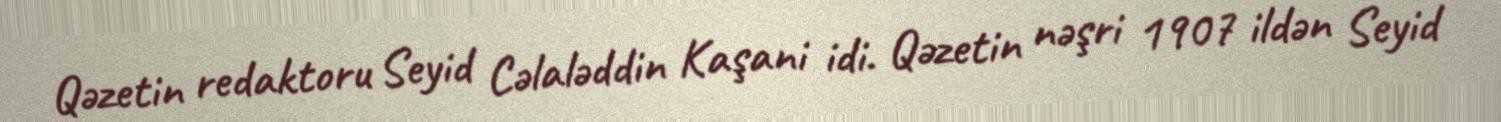
Qəzetin redaktoru Seyid Cəlaləddin Kaşani idi. Qəzetin nəşri 1907 ildən Seyid